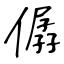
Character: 僝